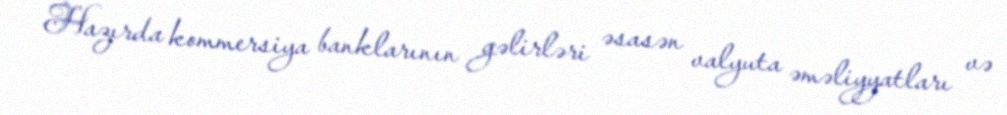
Hazırda kommersiya banklarının gəlirləri əsasən valyuta əməliyyatları və